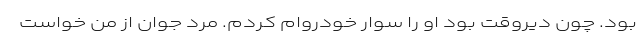
بود. چون دیروقت بود او را سوار خودروام کردم. مرد جوان از من خواست